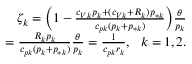
\begin{array} { r } { \zeta _ { k } = \Big ( 1 - \frac { c _ { V k } p _ { k } + ( c _ { V k } + R _ { k } ) p _ { * k } } { c _ { p k } ( p _ { k } + p _ { * k } ) } \Big ) \frac { \theta } { p _ { k } } } \\ { = \frac { R _ { k } p _ { k } } { c _ { p k } ( p _ { k } + p _ { * k } ) } \frac { \theta } { p _ { k } } = \frac { 1 } { c _ { p k } r _ { k } } , \ \ k = 1 , 2 . } \end{array}